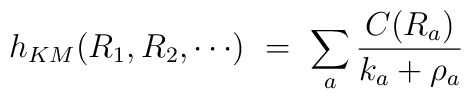
h_{KM}(R_1, R_2, \cdots )\ =\ \sum _a {{C(R_a)}\over {k_a+\rho_a}}